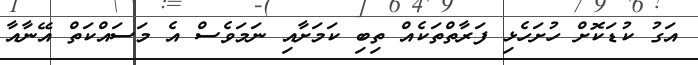
އަގު ކުޑަކޮށް ހުށަހެޅި ފަރާތްތަކެއް ތިބި ކަމަށާއި ނަމަވެސް އެ މަސައްކަތް އޭނާއާ